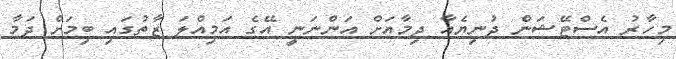
މިހާރު އެސްޓޭޝަން ދުނިޔެއާ ދިމާއަށް އަންނަނީ އޭގެ އަމިއްލަ ޒާތުގައި ބިމަށް ދަމާ